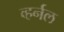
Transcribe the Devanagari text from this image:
व्हर्नल